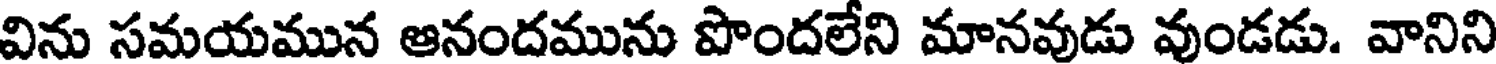
విను సమయమున ఆనందమును పొందలేని మానవుడు వుండడు. వానిని